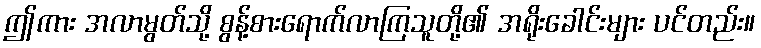
ဤကား အလာမွတ်သို့ စွန့်စားရောက်လာကြသူတို့၏ အရိုးခေါင်းများ ပင်တည်း။